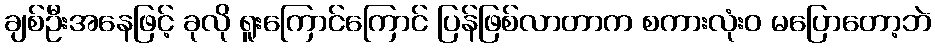
ချစ်ဦးအနေဖြင့် ခုလို ရူးကြောင်ကြောင် ပြန်ဖြစ်လာတာက စကားလုံးဝ မပြောတော့ဘဲ